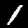
Digit: 1